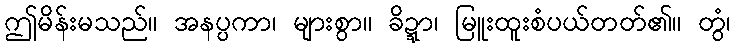
ဤမိန်းမသည်။ အနပ္ပကာ၊ များစွာ။ ခိဍ္ဍာ၊ မြူးထူးစံပယ်တတ်၏။ တွံ၊